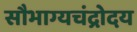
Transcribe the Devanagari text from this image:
सौभाग्यचंद्रोदय